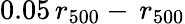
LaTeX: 0.05\, r_{500}-\, r_{500}